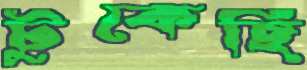
টুকেছি